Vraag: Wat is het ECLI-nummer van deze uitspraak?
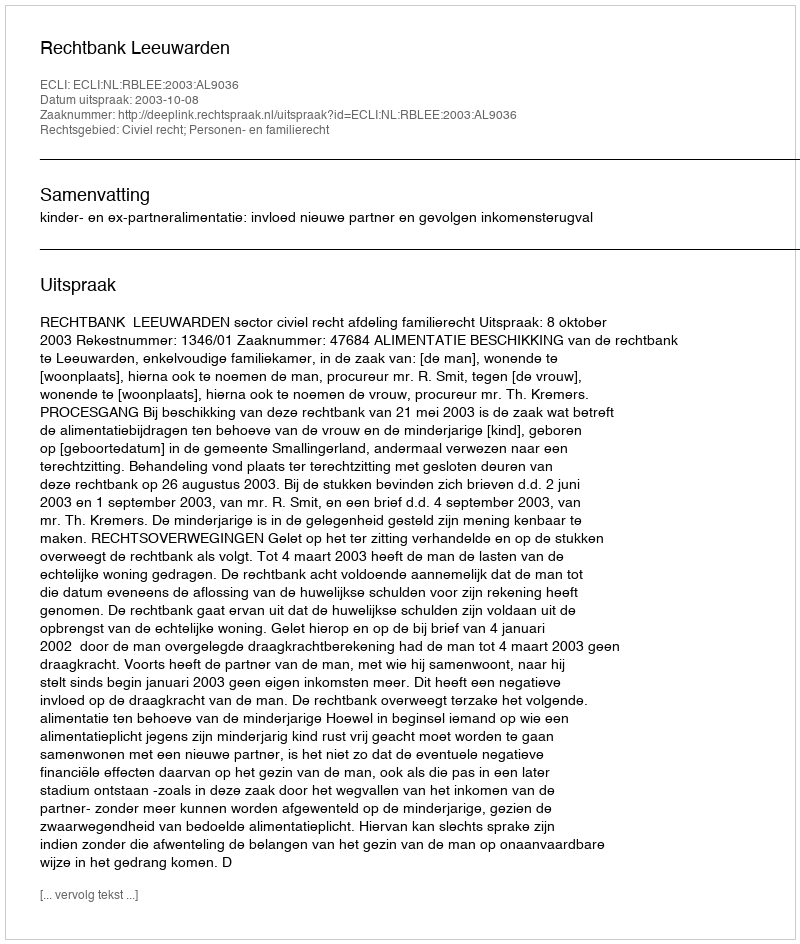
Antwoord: ECLI:NL:RBLEE:2003:AL9036